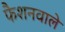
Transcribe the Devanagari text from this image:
फैशनवाले